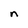
Character: n